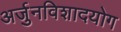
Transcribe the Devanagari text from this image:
अर्जुनविशादयोग